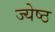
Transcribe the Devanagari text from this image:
ज्‍येष्‍ठ